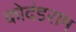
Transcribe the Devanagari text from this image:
कोदंडराम